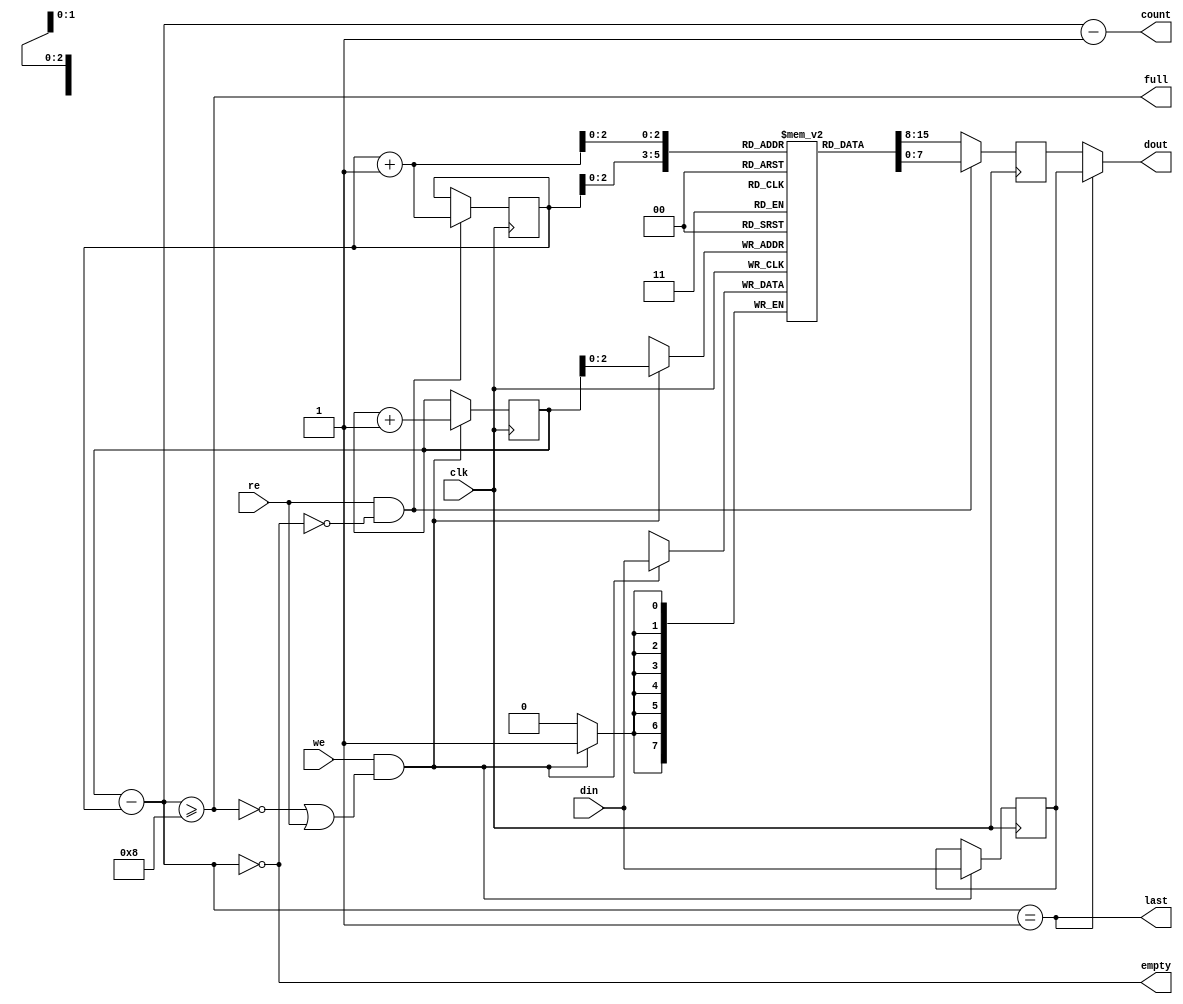
// blockram based FIFO
// exchangeable with shortfifo.v

module fifo #(
	parameter aw = 3,
	parameter dw = 8
) (
	input clk,

	input [dw - 1: 0] din,
	input we,

	output [dw - 1: 0] dout,
	input re,

	output full,
	output empty,
	output last,

	// -1: empty, 0: single element, 2**aw - 1: full
	output [aw:0] count
);

localparam len = 1 << aw;

reg [dw - 1: 0] mem[len - 1: 0];

reg [dw - 1: 0] read = 0;
reg [dw - 1: 0] last_write = 0;

// read / write pointers (need an extra bit)
reg [aw: 0] wr_addr = 0;
reg [aw: 0] rd_addr = 0;

// Else Vivado would not infer block ram, arrrgh
wire [aw - 1: 0] wr_addr_ = wr_addr;
wire [aw - 1: 0] rd_addr_ = rd_addr;
wire [aw - 1: 0] rd_addr_next_ = rd_addr + 1;

// Number of items in memory (up to len items)
// Need 1 extra bit, else wouldn't be able to count len items
wire [aw: 0] fill = wr_addr - rd_addr;
assign count = fill - 1;

// can only read when not empty
wire re_ = re && !empty;

// can only write when not full (except when also reading)
wire we_ = we && (!full || re);

assign empty = fill == 0;
assign last = fill == 1;
assign full = fill >= len;

// Cannot use block-ram when there is only one element in the FIFO
// as it has a 2 cycle latency (write and read). We need 1 cycle, so use the
// bypass register `last_write` in this case instead.
assign dout = last ? last_write : read;

always @(posedge clk) begin
	read <= mem[rd_addr_];

	if (we_) begin
		last_write <= din;
		mem[wr_addr_] <= din;
		wr_addr <= wr_addr + 1;
	end

	if (re_) begin
		rd_addr <= rd_addr + 1;

		// we need to look one cycle into the future to compensate the 2 cycle
		// latency of the Xilinx block-ram
		read <= mem[rd_addr_next_];
	end
end

// ---------------------------

`ifdef FORMAL
// FIFO verification exercise from:
// https://zipcpu.com/tutorial/lsn-10-fifo.pdf

reg f_past_valid = 0;

// 2 magic addresses we will follow up
(* anyconst *) reg [aw: 0] f_first_addr;
wire [aw:0] f_second_addr = f_first_addr + 1;

// address pointers are circular. read_pointer is index0 of FIFO
// If these are < fill the addresses are valid
wire [aw: 0] f_first_dist = f_first_addr - rd_addr;
wire [aw: 0] f_second_dist = f_second_addr - rd_addr;
wire f_first_valid = !empty && (f_first_dist < fill);
wire f_second_valid = !empty && (f_second_dist < fill);

// with 2 corresponding magic values
(* anyconst *) reg [dw - 1: 0] f_first_data, f_second_data;

reg [1:0] f_state = 0;

always @(posedge clk) begin
	f_past_valid <= 1;

	// FIFO sequence
	// Follow up the FIFO state transitions as 2 values enter and leave it
	// Need to do it for 2 values to verify the correct order
	case (f_state)
		0: begin  // IDLE state
			// write first magic value into FIFO
			if (we_ && (wr_addr == f_first_addr) && (din == f_first_data))
				f_state <= 1;
		end

		1: begin  // 1 value is in
			if (re_ && (rd_addr == f_first_addr))
				f_state <= 0;  // first value was read prematurely, restart
			else if(we_)
				if (din == f_second_data)
					f_state <= 2;  // write second value
				else
					f_state <= 0;  // wrote wrong second value, restart

			// f_first_addr must be in the valid range of the FIFO
			assert(f_first_valid);
			assert(mem[f_first_addr] == f_first_data);
			assert(wr_addr == f_second_addr);
		end

		2: begin  // 2 values are in, read out first value
			if (re_ && (rd_addr == f_first_addr))
				f_state <= 3;
			else
				f_state <= 0;

			assert(f_first_valid);
			assert(f_second_valid);
			assert(mem[f_first_addr] == f_first_data);
			assert(mem[f_second_addr] == f_second_data);

			if (rd_addr == f_first_addr)
				assert(dout == f_first_data);
		end

		3: begin  // read out second value
			f_state <= 0;

			assert(f_second_valid);
			assert(mem[f_second_addr] == f_second_data);

			assert(dout == f_second_data);
		end
	endcase

	// Cannot go from full to empty and vice versa
	if (f_past_valid && $past(full))
		assert(!empty);
	if (f_past_valid && $past(empty))
		assert(!full);

	// Read and write can happen at the same time!
	if (f_past_valid && $past(we) && $past(re) && $past(fill > 0))
		assert($stable(fill));

	// cover mode: show 2 values entering and exiting the FIFO:
	// cover(f_past_valid && $past(f_state) == 3 && f_state == 0);
end

// cover mode: Fill up the FIFO and empty it again
reg f_was_full = 0;
reg f_both = 0; // show what happens when both are high
always @(posedge clk) begin
	// assume(din == $past(din) + 8'h1);
	if (full)
		f_was_full <= 1;
	if (we && re && !empty)
		f_both <= 1;
	cover(empty && f_was_full && f_both);
end


always @(*) begin
	assert(fill == wr_addr - rd_addr);
	assert(empty == (fill == 0));
	assert(last == (fill == 1));
	assert(full == (fill == len));

	// Can't have more items than the memory holds
	assert(fill <= len);

	// Cant be full and empty at the same time
	assert(!(full && empty));
end
`endif

endmodule